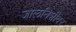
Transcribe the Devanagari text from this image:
जालनिशीवर